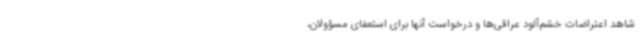
شاهد اعتراضات خشم‌آلود عراقی‌ها و درخواست آنها برای استعفای مسؤولان،